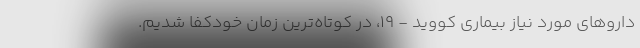
داروهای مورد نیاز بیماری کووید - ۱۹، در کوتاه‌ترین زمان خودکفا شدیم.